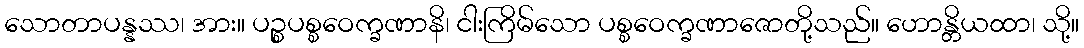
သောတာပန္နဿ၊ အား။ ပဉ္စပစ္စဝေက္ခဏာနိ၊ ငါးကြိမ်သော ပစ္စဝေက္ခဏာဇောတို့သည်။ ဟောန္တိယထာ၊ သို့။